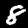
Label: 8